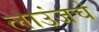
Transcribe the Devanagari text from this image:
लाउंजचे